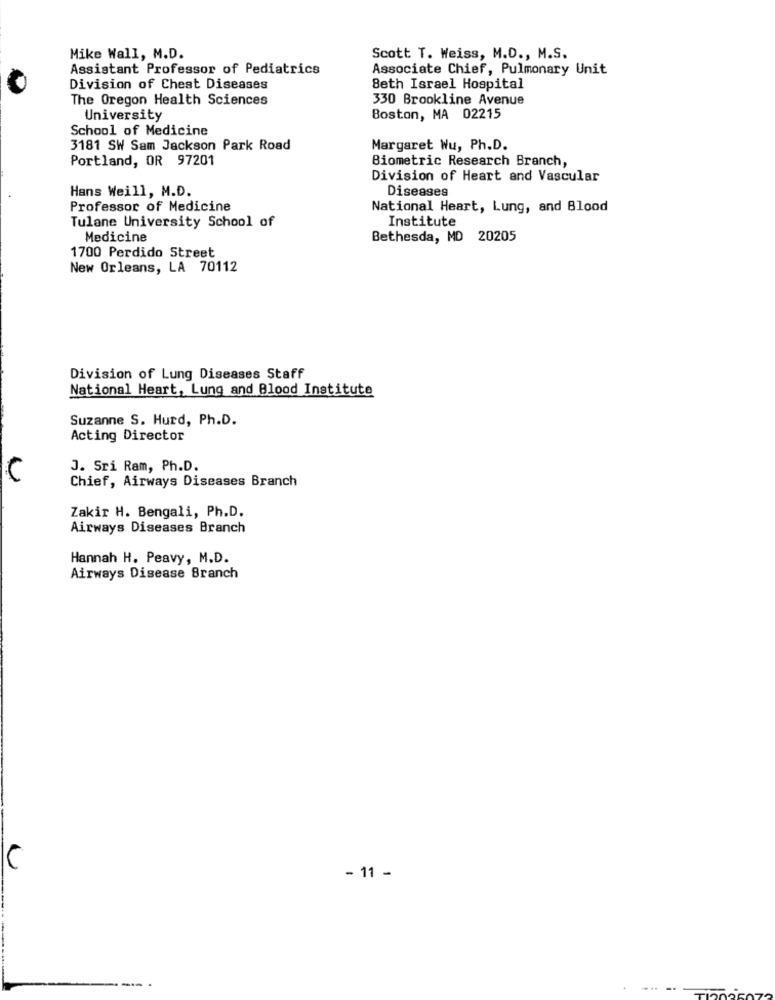
Mike Wall, M.D.
Scott T. Weiss, M.D ., M.S.
Assistant Professor of Pediatrics
Associate Chief, Pulmonary Unit
Division of Chest Diseases
Beth Israel Hospital
The Oregon Health Sciences
330 Brookline Avenue
University
Boston, MA 02215
School of Medicine
3181 SW Sam Jackson Park Road
Margaret Wu, Ph.D.
Portland, OR 97201
Biometric Research Branch,
Division of Heart and Vascular
Hans Weill, M.D.
Diseases
Professor of Medicine
National Heart, Lung, and Blood
Tulane University School of
Institute
Medicine
Bethesda, MD 20205
1700 Perdido Street
New Orleans, LA 70112
Division of Lung Diseases Staff
National Heart, Lung and Blood Institute
Suzanne S. Hurd, Ph.D.
Acting Director
J. Sri Ram, Ph.D.
Chief, Airways Diseases Branch
Zakir H. Bengali, Ph.D.
Airways Diseases Branch
Hannah H. Peavy, M.D.
Airways Disease Branch
C
- 11 -